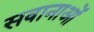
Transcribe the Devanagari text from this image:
सवानाओं